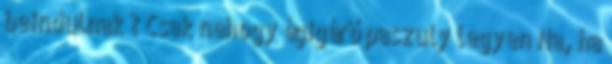
beindulnak ? Csak nehogy égigérő paszuly legyen Na, ha